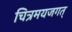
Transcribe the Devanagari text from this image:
चित्रमयजगत्‌